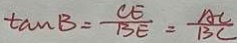
\tan B = \frac { C E } { B E } = \frac { A C } { B C }